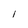
Character: l